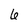
Character: 6